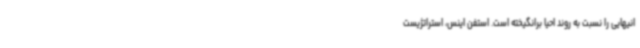
انیهایی را نسبت به روند احیا برانگیخته است. استفن اینس، استراتژیست